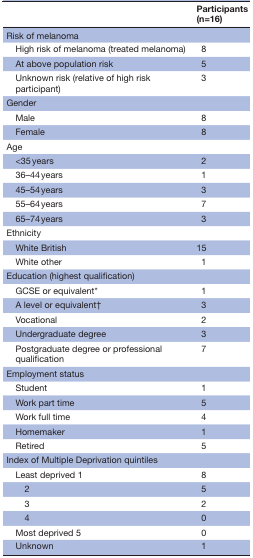
|  | Participants (n=16) |
 | --- | --- |
 | <COLSPAN=2> Risk of melanoma |
 | High risk of melanoma (treated melanoma) | 8 |
 | At above population risk | 5 |
 | Unknown risk (relative of high risk participant) | 3 |
 | <COLSPAN=2> Gender |
 | Male | 8 |
 | Female | 8 |
 | Age |  |
 | <35 years | 2 |
 | 36–44 years | 1 |
 | 45–54 years | 3 |
 | 55–64 years | 7 |
 | 65–74 years | 3 |
 | <COLSPAN=2> Ethnicity |
 | White British | 15 |
 | White other | 1 |
 | <COLSPAN=2> Education (highest qualification) |
 | GCSE or equivalent* | 1 |
 | A level or equivalent† | 3 |
 | Vocational | 2 |
 | Undergraduate degree | 3 |
 | Postgraduate degree or professional qualification | 7 |
 | <COLSPAN=2> Employment status |
 | Student | 1 |
 | Work part time | 5 |
 | Work full time | 4 |
 | Homemaker | 1 |
 | Retired | 5 |
 | <COLSPAN=2> Index of Multiple Deprivation quintiles |
 | Least deprived 1 | 8 |
 | 2 | 5 |
 | 3 | 2 |
 | 4 | 0 |
 | Most deprived 5 | 0 |
 | Unknown | 1 |